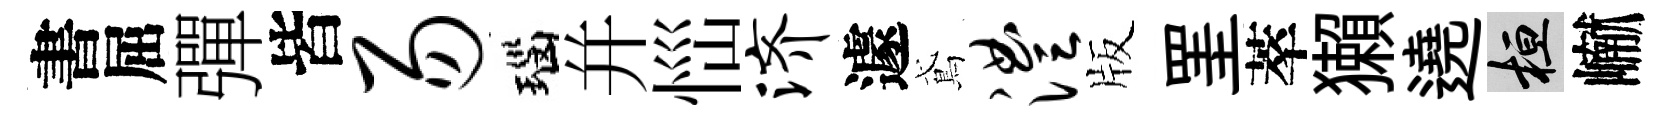
書屈彈皆易瑙并𢙉济遽鳶澧版罣萃獺遶桓𪩘